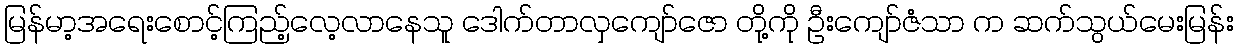
မြန်မာ့အရေးစောင့်ကြည့်လေ့လာနေသူ ဒေါက်တာလှကျော်ဇော တို့ကို ဦးကျော်ဇံသာ က ဆက်သွယ်မေးမြန်း